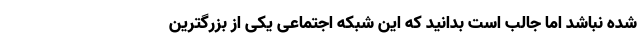
شده نباشد اما جالب است بدانید که این شبکه اجتماعی یکی از بزرگترین